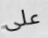
على